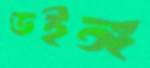
ডইঙ্গ